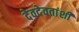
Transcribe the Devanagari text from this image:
देवदेवतांशी